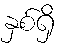
နှစ်ရှိ